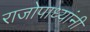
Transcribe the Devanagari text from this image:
राजोपाध्यांनी